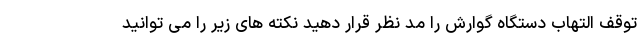
توقف التهاب دستگاه گوارش را مد نظر قرار دهید نکته های زیر را می توانید